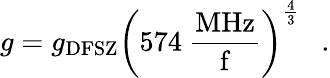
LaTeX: g=g_{\mathrm{DFSZ}}\left({574~\mathrm{\frac{MHz}{f}}}\right)^{\frac{4}{3}}~~\ .